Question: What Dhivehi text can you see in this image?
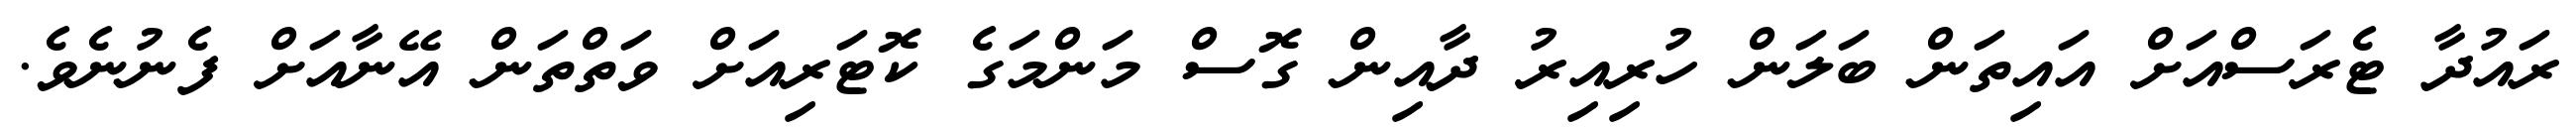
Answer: ރައުދާ ޓެރަސްއަށް އައިތަން ބަލަން ހުރިއިރު ދާއިން ގޮސް މަންމަގެ ކޮޓަރިއަށް ވަތްތަން އޭނާއަށް ފެނުނެވެ.